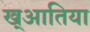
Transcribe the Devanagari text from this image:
ख्आतिया